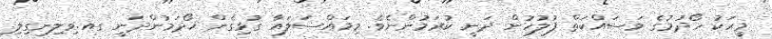
މީހަކު ހޯދުމުގެ މަސައްކަތް ފުލުހުން ދަނީ ކުރަމުންނެވެ. މިމައްސަލައާ ގުޅިގެން ހޯދަމުންދަނީ ގއ.ވިލިނގިލި